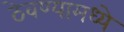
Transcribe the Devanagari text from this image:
ठेवण्यामध्ये